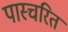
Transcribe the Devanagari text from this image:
पास्चरित